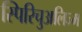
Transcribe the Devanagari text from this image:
स्पिरिचुअलिज्म